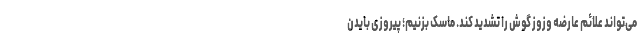
می‌تواند علائم عارضه وزوز گوش را تشدید کند. ماسک بزنیم؛ پیروزی بایدن